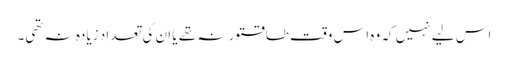
اس لیے نہیں کہ وہ اس وقت طاقتور نہ تھے یا ان کی تعداد زیادہ نہ تھی۔